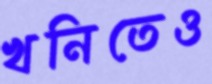
খনিতেও